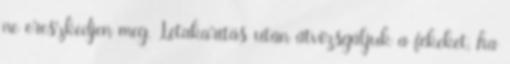
ne ereszkedjen meg. Letakarítás után átvizsgáljuk a fékeket, ha